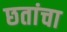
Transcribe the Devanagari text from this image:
छतांचा